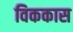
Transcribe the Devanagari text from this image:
विककास